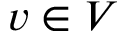
v \in V